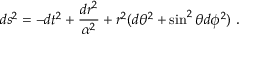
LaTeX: d s ^ { 2 } = - d t ^ { 2 } + \frac { d r ^ { 2 } } { \alpha ^ { 2 } } + r ^ { 2 } ( d \theta ^ { 2 } + \sin ^ { 2 } \theta d \phi ^ { 2 } ) \ .